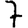
Digit: 7